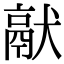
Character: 𤡎